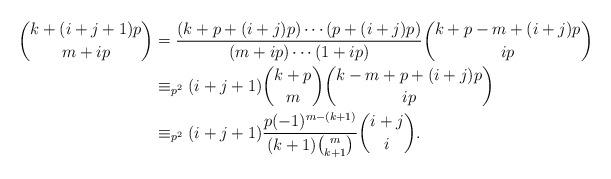
LaTeX: \begin{align*}\binom{k+(i+j+1)p}{m+ip}&=\frac{(k+p+(i+j)p)\cdots(p+(i+j)p)}{(m+ip)\cdots(1+ip)}\binom{k+p-m+(i+j)p}{ip}\\&\equiv_{p^2}(i+j+1)\binom{k+p}{m}\binom{k-m+p+(i+j)p}{ip}\\&\equiv_{p^2}(i+j+1)\frac{p(-1)^{m-(k+1)}}{(k+1)\binom{m}{k+1}}\binom{i+j}{i}.\end{align*}